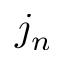
j _ { n }